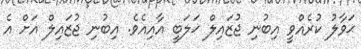
ޙަވާލު ކުރެއްވީ އިބުނި ޖުޒައިލް ޚަލަބީ އާއިއެވެ. އިބުނި ޖުޒައިލް އަށް އެ